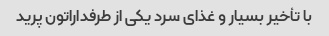
با تأخیر بسیار و غذای سرد یکی از طرفداراتون پرید